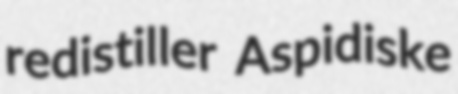
redistiller Aspidiske